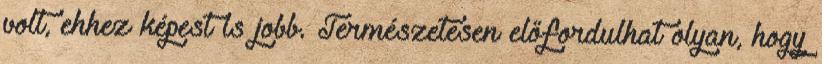
volt, ehhez képest is jobb. Természetesen előfordulhat olyan, hogy